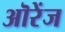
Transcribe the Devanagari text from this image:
ऒरेंज